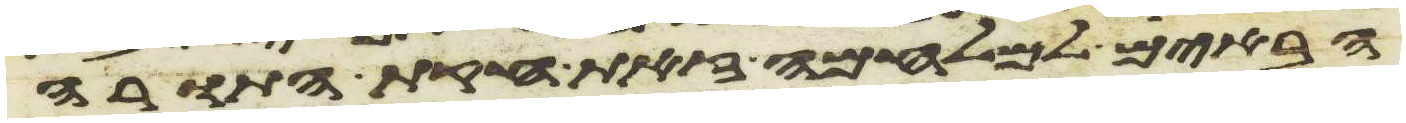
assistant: הבאים למלחמה זאת חקת התורה